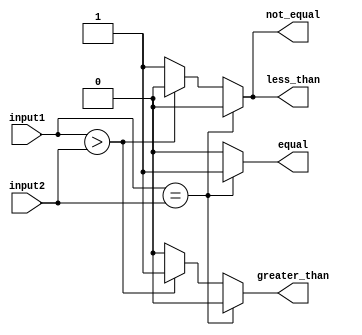
module comparator (
    input [7:0] input1,
    input [7:0] input2,
    output reg equal,
    output reg not_equal,
    output reg greater_than,
    output reg less_than
);

always @(*) begin
    if (input1 == input2) begin
        equal = 1;
        not_equal = 0;
        greater_than = 0;
        less_than = 0;
    end else if (input1 > input2) begin
        equal = 0;
        not_equal = 0;
        greater_than = 1;
        less_than = 0;
    end else begin
        equal = 0;
        not_equal = 1;
        greater_than = 0;
        less_than = 1;
    end
end

endmodule